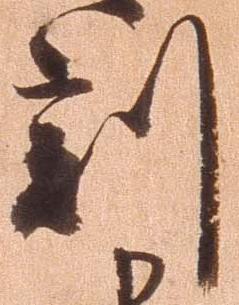
刻